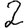
Digit: 2